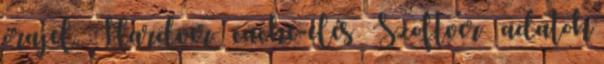
órajel ● Hardver – cache-elés ● Szoftver – adatok